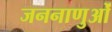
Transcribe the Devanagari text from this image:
जननाणुओं